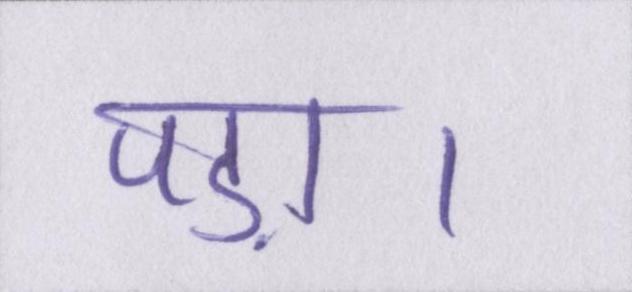
पड़ा।